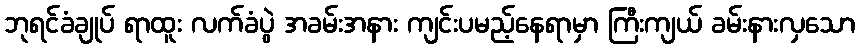
ဘုရင်ခံချုပ် ရာထူး လက်ခံပွဲ အခမ်းအနား ကျင်းပမည့်နေရာမှာ ကြီးကျယ် ခမ်းနားလှသော